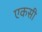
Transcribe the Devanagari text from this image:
एकसी